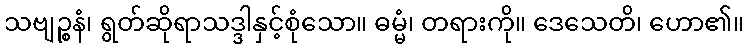
သဗျဉ္စနံ၊ ရွတ်ဆိုရာသဒ္ဒါနှင့်စုံသော။ ဓမ္မံ၊ တရားကို။ ဒေသေတိ၊ ဟော၏။